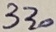
Text: 330